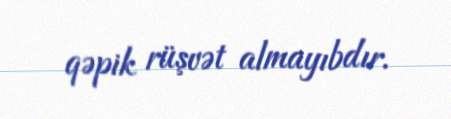
qəpik rüşvət almayıbdır.